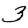
Digit: 3